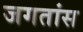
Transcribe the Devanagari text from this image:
जगतांस